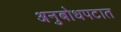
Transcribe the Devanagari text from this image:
अनुबोधपटात